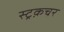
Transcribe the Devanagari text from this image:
स्ट्रक़चर